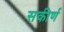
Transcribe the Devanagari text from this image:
सकीर्ण